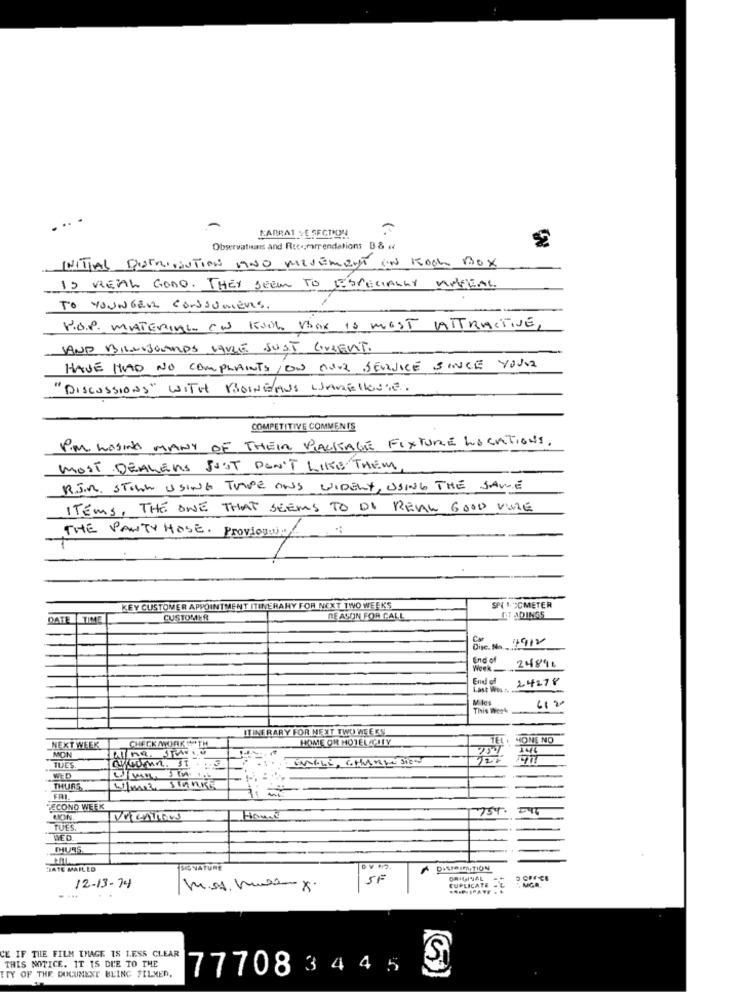
KADRAT + E SECTION
Observatieans and Rutrarrendations B& o
INITIAL DOSTRITUTION AND MEVEMENT IN KOOK BOX
IS REAL GOOD. THEY SEEM TO ESPECIALLY APPEAL
TO YOUNGERL CONSUMERS.
V.O.P. WATERING ON WITH Vbox IS MOST ATTRACTIVE,
SAND BILLBOARDS HAVE JUST GREENT.
HAVE HAD NO COMPLAINTS ON AOUR SERVICE SINCE YOUR
"Discussions" WITH BoiNEMus LAMEllouse.
COMPETITIVE COMMENTS
PIM LOSING MANY OF THEIR PACKAGE FIXTURE LOCATIONS.
MOST DEALERS JUST DON'T LIKE THEM,
R.J.M. STOWN USING TRAPE ANS WIDELY, USING THE SAME
ITEMS, THE ONE THAT SEEMS TO DI REAL GOOD VIVE
THE PANTY HOSE. ProvioUN.
KEY CUSTOMER APPOINTMENT ITINERARY FOR NEXT TWO WEEKS
SPI CCMETER
DATE
TIME
CUSTOMER
REASON FOR CALL
IET ADINGS
Die No 1912
End of
Week-
24896
End of
24278
Last Wou .. .
This Week
612
ITINERARY FOR NEXT TWO WEEKS
HOME OR HOTEL CITY
NONE NO
NEXT WEEK
CHECK AWORK """TH
MON
MAGLi, CHARLESEN
25%
TUES
THURS
Wimir stanis
FRI
SECOND WEEK
75%.
RICIN
Home
TUES.
MED
HATE MAIL LD
SIGNATURE
A DISTOImiTION
SI
CUPLICATE .L
D OFFICE
12-13-74
. ...
CE IF THE FILM IMAGE IS LESS CLEAR
THIS NOTICE. IT IS DUE TO THE
77708 3 4 4 5
S
ITY OF THE DOCUMENT BEING FILMED.